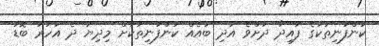
ކުންފުނިތަކުގެ ފައިދާ ދަށްވެ އަދި ބައެއް ކުންފުނިތަކަށް މިދިޔަ ދެ އަހަރު ބޮޑު